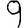
Digit: 9